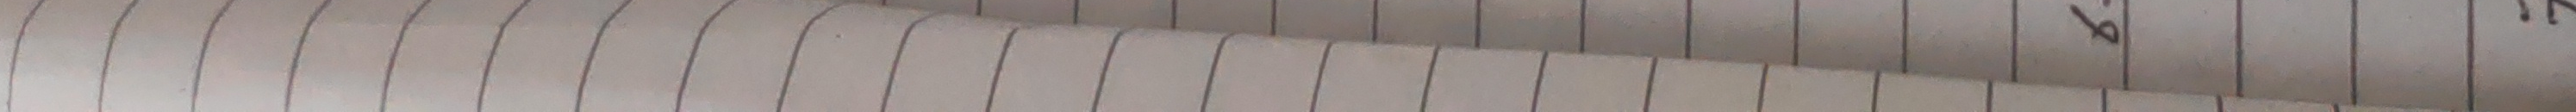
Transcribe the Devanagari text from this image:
को